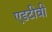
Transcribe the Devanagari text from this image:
एडटीवी